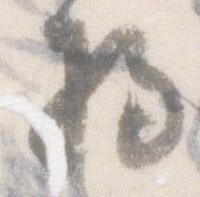
将